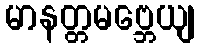
မာနတ္တမဗ္ဘေယျ